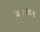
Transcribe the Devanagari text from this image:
वळणात